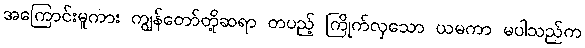
အကြောင်းမူကား ကျွန်တော်တို့ဆရာ တပည့် ကြိုက်လှသော ယမကာ မပါသည်က